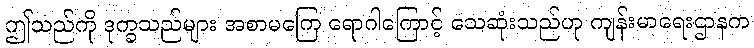
ဤသည်ကို ဒုက္ခသည်များ အစာမကြေ ရောဂါကြောင့် သေဆုံးသည်ဟု ကျန်းမာရေးဌာနက